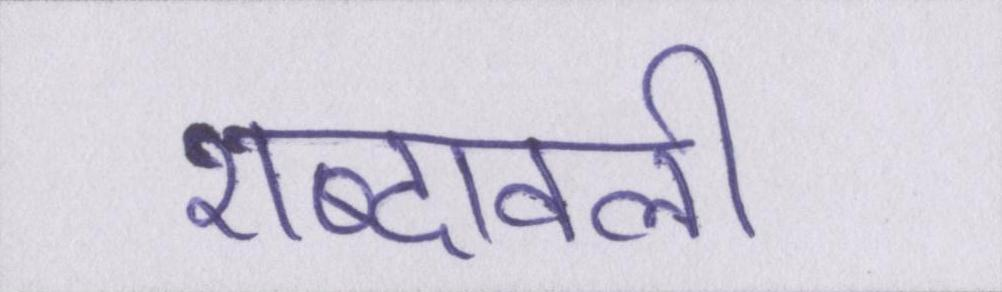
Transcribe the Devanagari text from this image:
शब्दावली